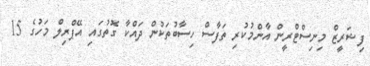
ފިޝަރީޒް މިނިސްޓްރީން އާންމުކުރި ތަފާސް ހިސާބުތަކުން ދައްކާ ގޮތުގައި އޭޕްރިލް މަހުގެ 15